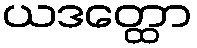
ယဒတ္ထော